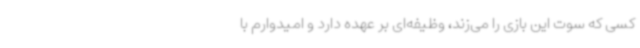
کسی که سوت این بازی را می‌زند، وظیفه‌ای بر عهده دارد و امیدوارم با